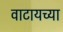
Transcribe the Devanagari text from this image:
वाटायच्या